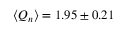
\langle Q _ { n } \rangle = 1 . 9 5 \pm 0 . 2 1